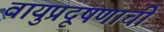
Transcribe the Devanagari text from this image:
वायुप्रदूषणाची